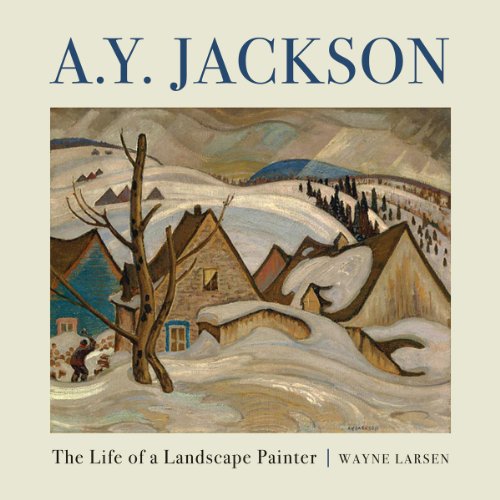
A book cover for A.Y. Jackson: The Life of a Landscape Painter; Wayne Larsen; Biographies & Memoirs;